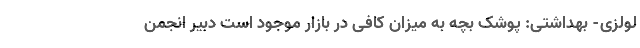
لولزی- بهداشتی: پوشک بچه به میزان کافی در بازار موجود است دبیر انجمن